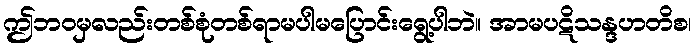
ဤဘဝမှလည်းတစ်စုံတစ်ရာမပါမပြောင်းရွေ့ပါဘဲ။ အာမပဋိသန္ဒဟတိစ၊